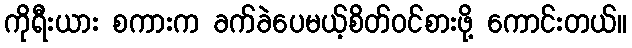
ကိုရီးယား စကားက ခက်ခဲပေမယ့်စိတ်ဝင်စားဖို့ ကောင်းတယ်။